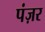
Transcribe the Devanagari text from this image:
पंज़र